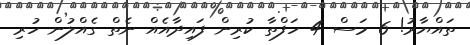
ތައްޔާރު! 6 މަސް 4 ހަފްތާ ކުރިން ފައިދާއެއް ނެތް ގެއްލުން ހުރި